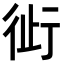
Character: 𬠿